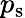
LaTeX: p_{\mathrm{s}}